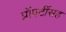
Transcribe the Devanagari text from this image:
प्रॉपर्टीसह